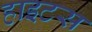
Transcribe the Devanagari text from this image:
हाइटस